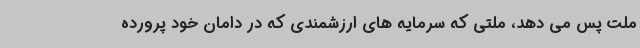
ملت پس می دهد، ملتی که سرمایه های ارزشمندی که در دامان خود پرورده